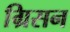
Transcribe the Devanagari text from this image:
ग्रिसन